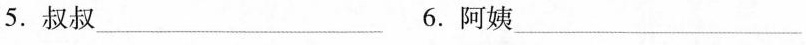
5. 叔叔___ 6. 阿姨x